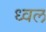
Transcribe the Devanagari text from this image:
ध्वल